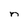
Character: n